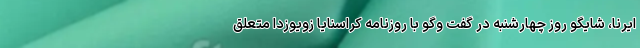
ایرنا، شایگو روز چهارشنبه در گفت وگو با روزنامه کراسنایا زویوزدا متعلق